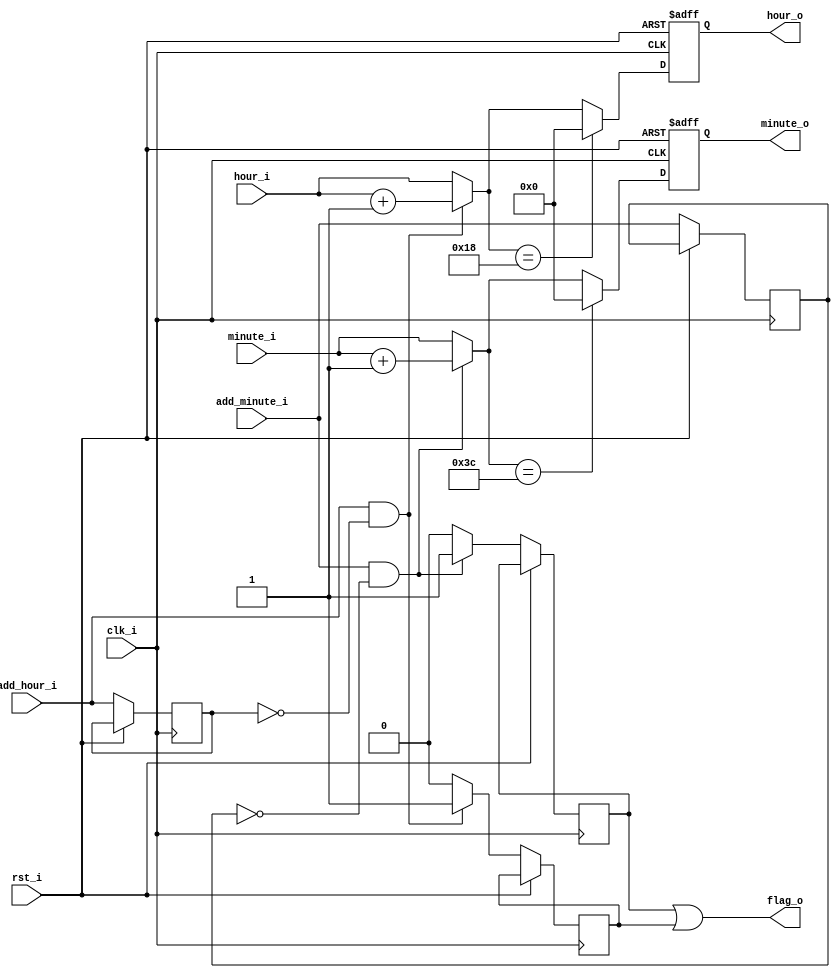
`timescale 1ns / 1ps
//////////////////////////////////////////////////////////////////////////////////
// Company: 
// Engineer: 
// 
// Design Name: 
// Module Name:    memory 
// Project Name: 
// Target Devices: 
// Tool versions: 
// Description: 
//
// Dependencies: 
//
// Revision: 
// Revision 0.01 - File Created
// Additional Comments: 
//
//////////////////////////////////////////////////////////////////////////////////
module adjuster(
		input clk_i,
		input rst_i,
		input add_minute_i,
		input add_hour_i,
		input [5:0] minute_i,
		input [5:0] hour_i,
		output reg flag_o,
		output reg [5:0] minute_o,
		output reg [5:0] hour_o
    );
	 
// flagi sygnalizujace dodanie minut lub godzin	 
	 reg minute_flag;			
	 reg hour_flag;

// sygnaly opozniajace o 1 cykl zegara
	 reg add_minute_r;
	 reg add_hour_r;
	 
	 
	initial
	begin
		hour_o = 0;
		minute_o = 0;
		flag_o = 0;
		minute_flag = 0;
		hour_flag = 0;	
	end
	 
// dodawanie minut
	always@(posedge clk_i or posedge rst_i)
	if(rst_i)
		begin
			minute_o = 0;
		end
	else 
		begin
			add_minute_r <= add_minute_i;				// leading edge
			minute_flag = 0;
			
			minute_o = minute_i;							// ustaw na wyjscie wartosci z wejsc
																
			if(add_minute_i == 1 & add_minute_r == 0)	// chyba ze nastapilo wcisniecie klawisza
				begin
					minute_o = minute_o + 1;				// dodaj 1 do wyjscia 
					minute_flag = 1;					
				end
				
			if(minute_o == 60)							
				minute_o = 0;
			
		end
	
// dodawanie godzin	
	always@(posedge clk_i or posedge rst_i)
	if(rst_i)
		begin
			hour_o = 0;
		end
	else
		begin
			add_hour_r <= add_hour_i;			// leading edge
			hour_flag = 0;
			
			hour_o = hour_i;
			
			if(add_hour_i == 1 & add_hour_r == 0)
				begin 
					hour_o = hour_o + 1;
					hour_flag = 1;
				end
			
			if(hour_o == 24)
				hour_o = 0;
		end
	
	
// maska dla flagi wyjsciowej
	always@(*)
	begin
		flag_o = minute_flag | hour_flag;
	end
	
endmodule